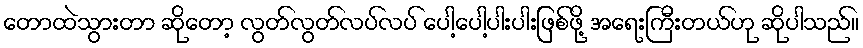
တောထဲသွားတာ ဆိုတော့ လွတ်လွတ်လပ်လပ် ပေါ့ပေါ့ပါးပါးဖြစ်ဖို့ အရေးကြီးတယ်ဟု ဆိုပါသည်။